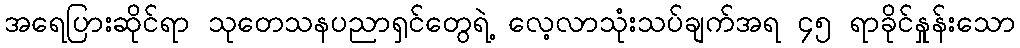
အရေပြားဆိုင်ရာ သုတေသနပညာရှင်တွေရဲ့ လေ့လာသုံးသပ်ချက်အရ ၄၅ ရာခိုင်နှုန်းသော